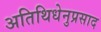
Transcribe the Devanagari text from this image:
अतिथिधेनुप्रसाद